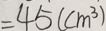
= 4 5 ( c m ^ { 3 } )